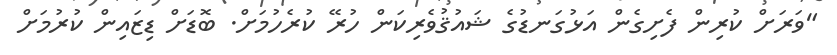
"ވަރަށް ކުރިން ފެށިގެން އަޅުގަނޑުގެ ޝައުޤުވެރިކަން ހުރޭ ކުރެހުމަށް. ބޮޑަށް ޑިޒައިން ކުރުމަށް